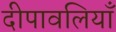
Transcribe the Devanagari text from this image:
दीपावलियाँ